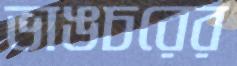
ভাঙচরের